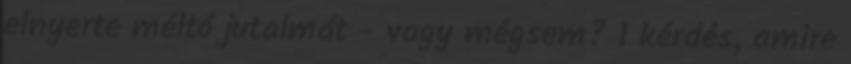
elnyerte méltó jutalmát - vagy mégsem? 1 kérdés, amire